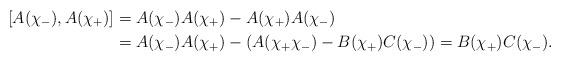
LaTeX: \begin{align*}[A(\chi_-),A(\chi_+)]& =A(\chi_-)A(\chi_+)-A(\chi_+)A(\chi_-)\\& =A(\chi_-)A(\chi_+)-\left(A(\chi_+\chi_-)-B(\chi_+)C(\chi_-)\right)=B(\chi_+)C(\chi_-).\end{align*}